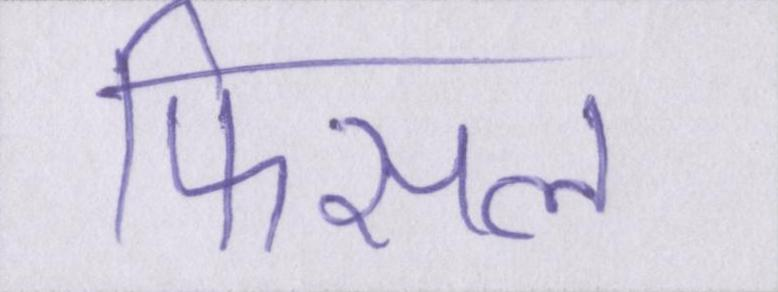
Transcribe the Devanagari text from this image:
फिसल